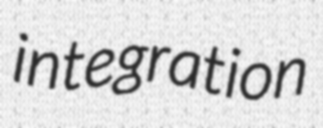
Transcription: integration